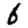
Digit: 6